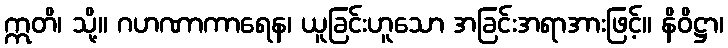
ဣတိ၊ သို့။ ဂဟဏာကာရေန၊ ယူခြင်းဟူသော အခြင်းအရာအားဖြင့်။ နိဝိဋ္ဌာ၊